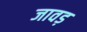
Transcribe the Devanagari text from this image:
जावड़